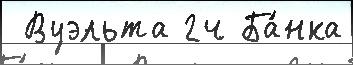
 Вуэльта 2ч Ба́нка